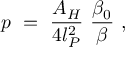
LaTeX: p ~ = ~ { \frac { A _ { H } } { 4 l _ { P } ^ { 2 } } } ~ { \frac { \beta _ { 0 } } { \beta } } ~ ,